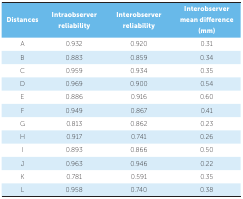
| Distances | Intraobserver reliability | Interobserver reliability | Interobserver mean difference (mm) |
 | --- | --- | --- | --- |
 | A | 0.932 | 0.920 | 0.31 |
 | B | 0.883 | 0.859 | 0.34 |
 | C | 0.959 | 0.934 | 0.35 |
 | D | 0.969 | 0.900 | 0.54 |
 | E | 0.886 | 0.916 | 0.60 |
 | F | 0.949 | 0.867 | 0.41 |
 | G | 0.813 | 0.862 | 0.23 |
 | H | 0.917 | 0.741 | 0.26 |
 | I | 0.893 | 0.866 | 0.50 |
 | J | 0.963 | 0.946 | 0.22 |
 | K | 0.781 | 0.591 | 0.35 |
 | L | 0.958 | 0.740 | 0.38 |